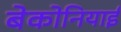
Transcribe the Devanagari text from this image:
बेकोनियाई